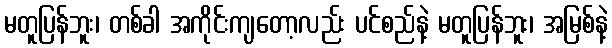
မတူပြန်ဘူး၊ တစ်ခါ အကိုင်းကျတော့လည်း ပင်စည်နဲ့ မတူပြန်ဘူး၊ အမြစ်နဲ့